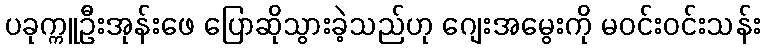
ပခုက္ကူဦးအုန်းဖေ ပြောဆိုသွားခဲ့သည်ဟု ဂျေးအမွေးကို မဝင်းဝင်းသန်း